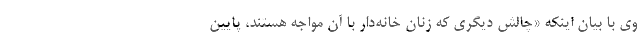
وی با بیان اینکه «چالش دیگری که زنان خانه‌دار با آن مواجه هستند، پایین